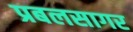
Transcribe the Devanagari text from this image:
प्रबलसागर